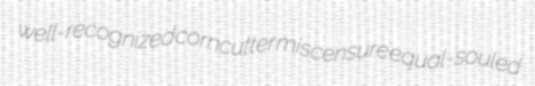
well-recognized corncutter miscensure equal-souled